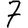
Digit: 7